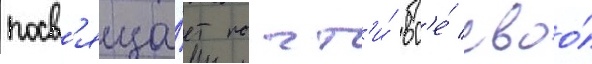
посв'яща́ет почт'и́ вс'е́ своо́